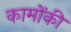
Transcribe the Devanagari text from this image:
कामोंकी